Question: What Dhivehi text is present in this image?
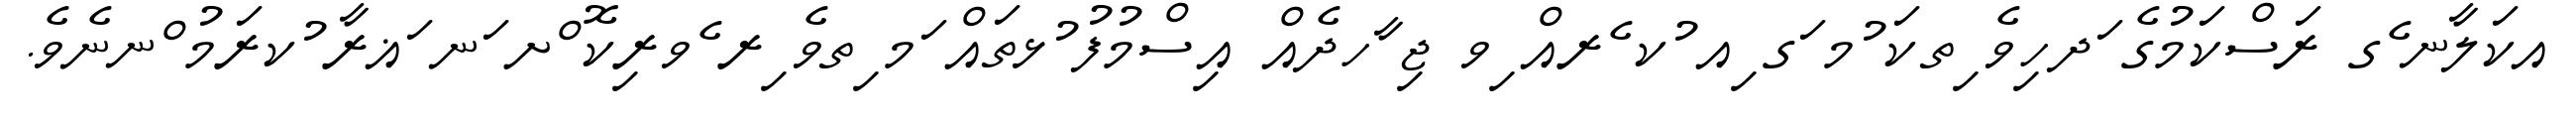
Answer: އކަލާނ ެގ ރަސްކަމުގެ ަދހިވެ ިތކަ ުމ ަގ ިއ ުކ ެރއް ިވ ޖި ާހދެއް އިސްމުފު ުޅތައް ަމ ިތވެ ިރ ެވރިކޮ ްށ ަނ ަޣރާ ުކރަމު ްނނެވެ.